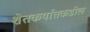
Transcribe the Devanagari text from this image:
शेतकर्यातकडील